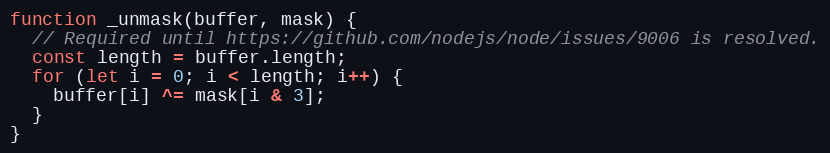
Language: JavaScript
function _unmask(buffer, mask) {
  // Required until https://github.com/nodejs/node/issues/9006 is resolved.
  const length = buffer.length;
  for (let i = 0; i < length; i++) {
    buffer[i] ^= mask[i & 3];
  }
}